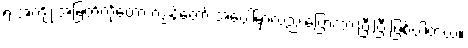
ရဲ့ အကျိုးအမြတ်ကိုတော့ ကျွန်တော် အပေါ်မှာလည်းပြောထားပြီးပြီ ဖြစ်ပါတယ်။